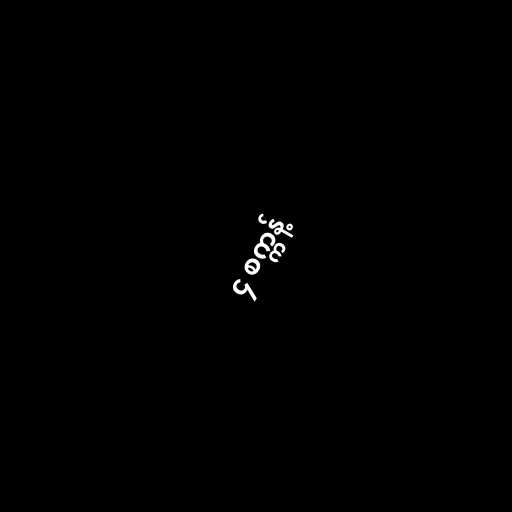
၄ စက္ကန့်